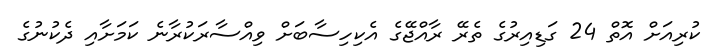
ކުރިއަށް އޮތް 24 ގަޑިއިރުގެ ތެރޭ ރާއްޖޭގެ އެކިހިސާބަށް ވިއްސާރަކުރާނެ ކަމަށާއި ދެކުނުގެ